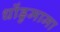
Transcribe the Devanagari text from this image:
धोंडुमामा